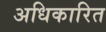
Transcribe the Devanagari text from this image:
अधिकारित